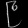
Digit: ၉